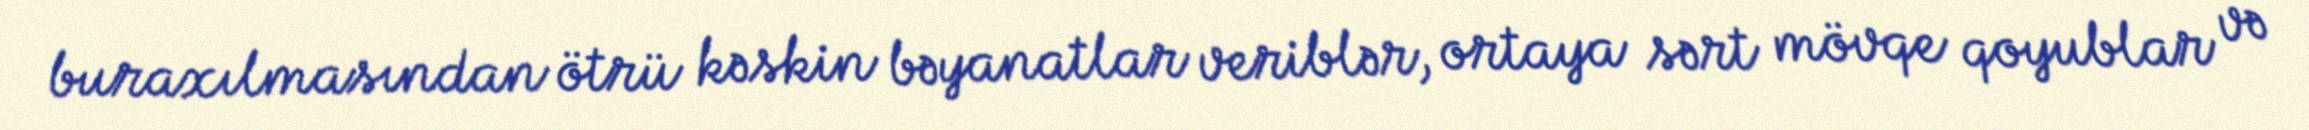
buraxılmasından ötrü kəskin bəyanatlar veriblər, ortaya sərt mövqe qoyublar və